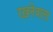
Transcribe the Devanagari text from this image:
रख़नेवाला